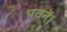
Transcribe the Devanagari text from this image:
पवनें।